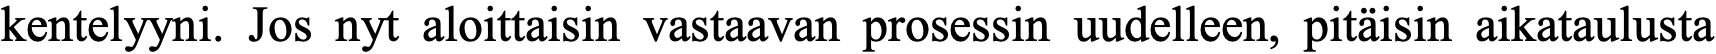
kentelyyni. Jos nyt aloittaisin vastaavan prosessin uudelleen, pitäisin aikataulusta